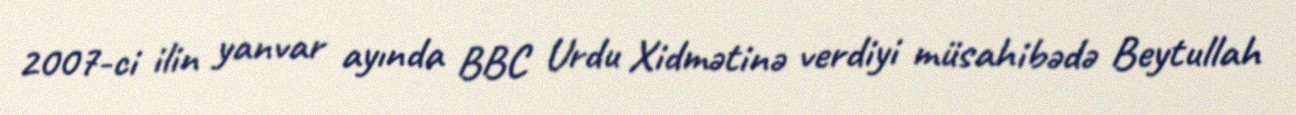
2007-ci ilin yanvar ayında BBC Urdu Xidmətinə verdiyi müsahibədə Beytullah